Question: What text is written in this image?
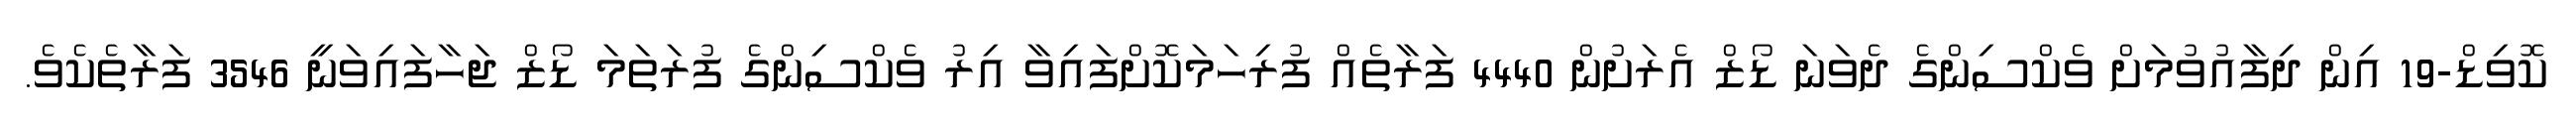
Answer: ކޮވިޑް-19 އިން ދިފާއުވުމަށް ވެކްސިންގެ ދެވަނަ ޑޯޒް އެރަށުން 4440 ފަރާތެއް ފުރިހަމަކޮށްފައިވާ އިރު ވެކްސިންގެ ފުރަތަމަ ޑޯޒް ޖަހާފައިވަނީ 3546 ފަރާތެކެވެ.